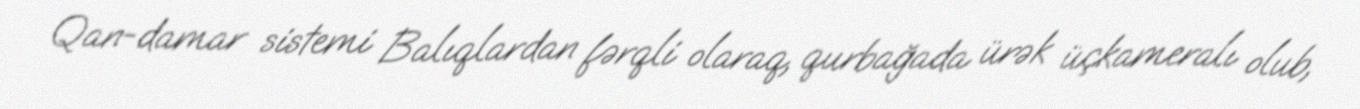
Qan-damar sistemi Balıqlardan fərqli olaraq, qurbağada ürək üçkameralı olub,